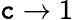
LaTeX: \mathtt{c}\to1